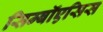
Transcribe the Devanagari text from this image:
सिम्बॉएसिस